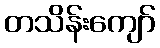
တသိန်းကျော်